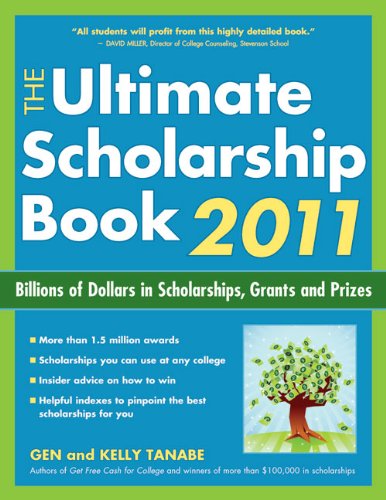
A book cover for The Ultimate Scholarship Book 2011: Billions of Dollars in Scholarships, Grants and Prizes (Ultimate Scholarship Book: Billions of Dollars in Scholarships,); Gen Tanabe; Education & Teaching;